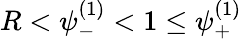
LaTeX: R<\psi_{-}^{(1)}<1\leq\psi_{+}^{(1)}